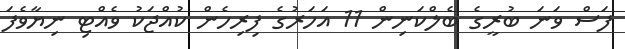
ފަސް ވަނަ ބުރީގެ ބެލްކަނިން 11 އަހަރުގެ ފިރިހެން ކުއްޖަކު ވެއްޓި ނިޔާވެފަ